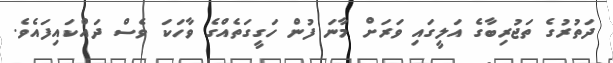
ދަތުރުގެ ތަޖުރިބާގެ އަލީގައި ވަރަށް މާނަ ފުން ހަގީގަތެއްގެ ވާހަކަ ވެސް ދައްކައިފައެވެ.